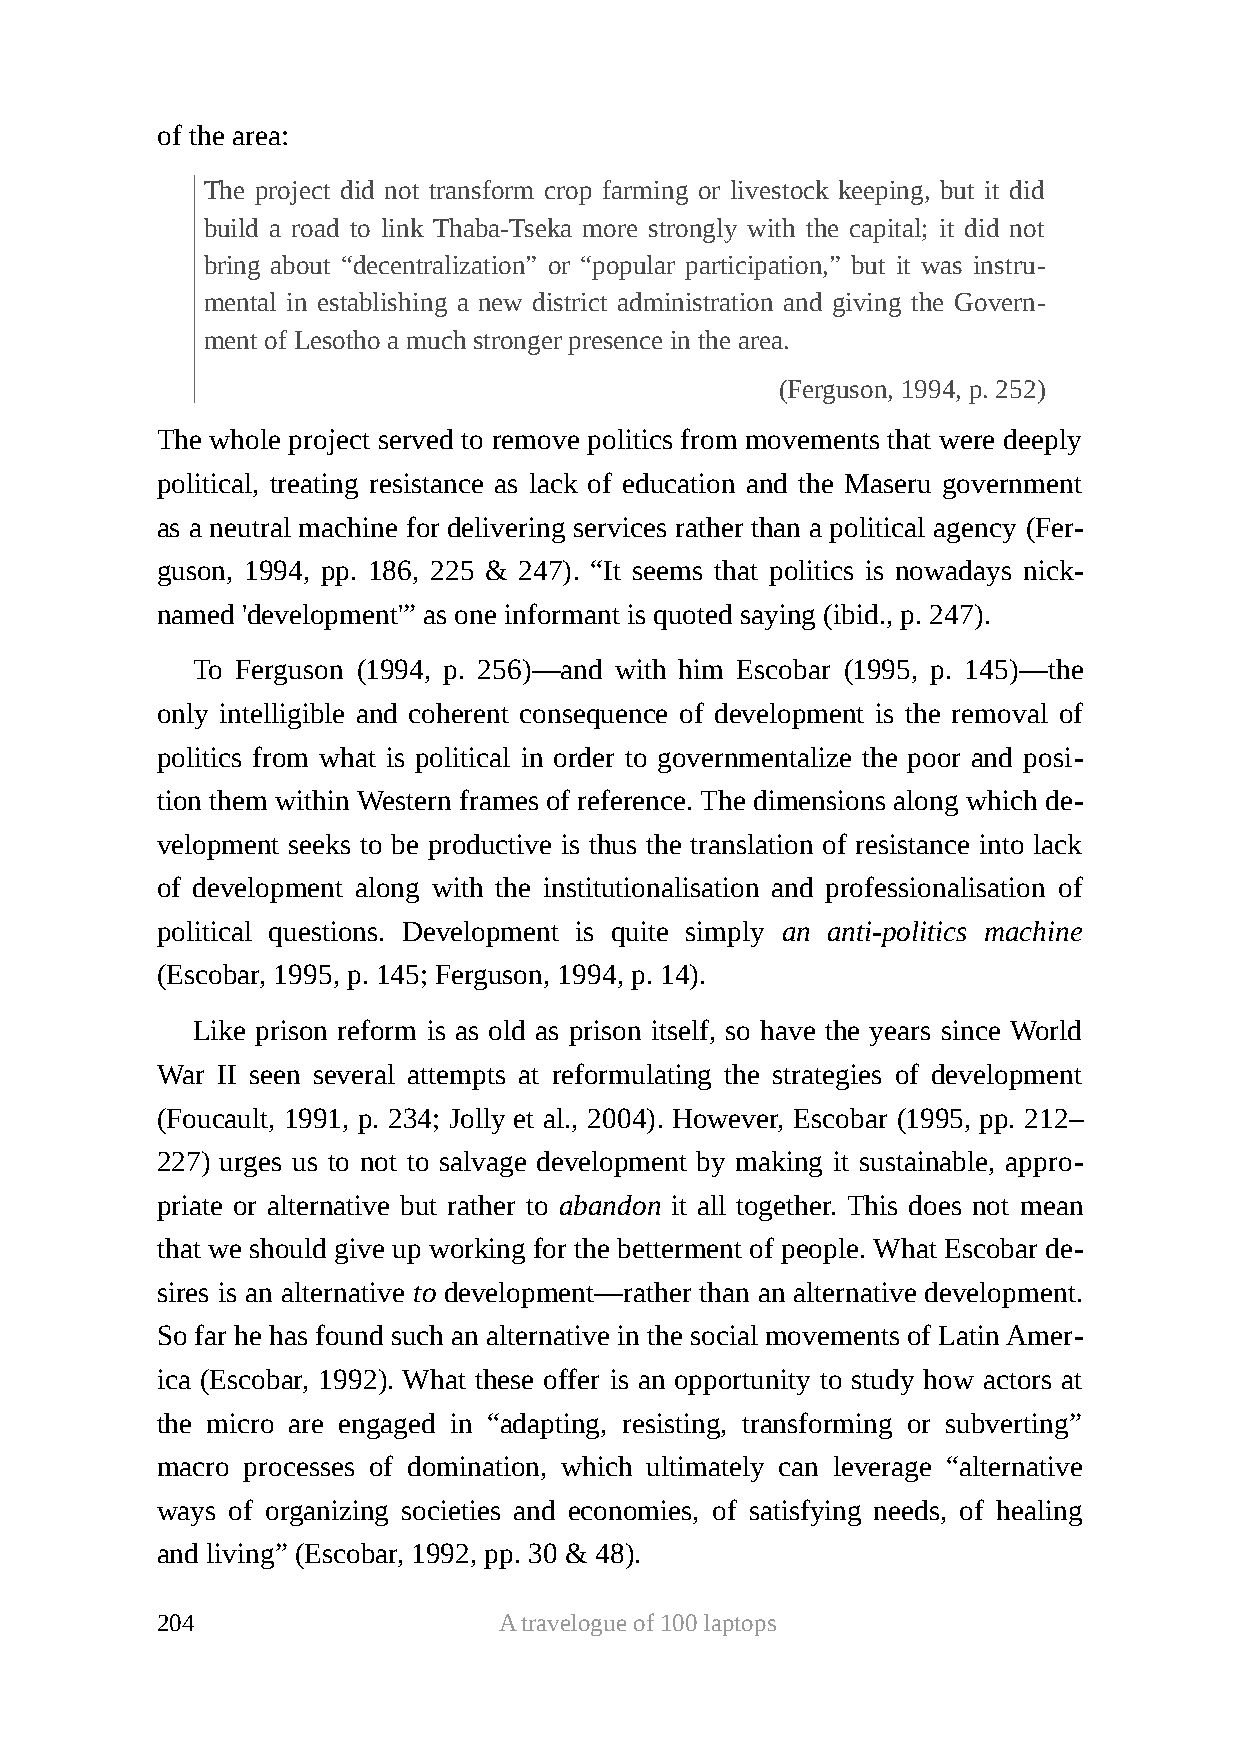
of the area:
 The project did not transform crop farming or livestock keeping, but it did
 build a road to link Thaba-Tseka more strongly with the capital; it did not
 bring about “decentralization” or “popular participation,” but it was instru-
 mental in establishing a new district administration and giving the Govern-
 ment of Lesotho a much stronger presence in the area.
 (Ferguson, 1994, p. 252)
 The whole project served to remove politics from movements that were deeply
 political, treating resistance as lack of education and the Maseru government
 as a neutral machine for delivering services rather than a political agency (Fer-
 guson, 1994, pp. 186, 225 & 247). “It seems that politics is nowadays nick-
 named 'development'” as one informant is quoted saying (ibid., p. 247).
 To Ferguson (1994, p. 256)—and with him Escobar (1995, p. 145)—the
 only intelligible and coherent consequence of development is the removal of
 politics from what is political in order to governmentalize the poor and posi-
 tion them within Western frames of reference. The dimensions along which de-
 velopment seeks to be productive is thus the translation of resistance into lack
 of development along with the institutionalisation and professionalisation of
 political questions. Development is quite simply an anti-politics machine
 (Escobar, 1995, p. 145; Ferguson, 1994, p. 14).
 Like prison reform is as old as prison itself, so have the years since World
 War II seen several attempts at reformulating the strategies of development
 (Foucault, 1991, p. 234; Jolly et al., 2004). However, Escobar (1995, pp. 212–
 227) urges us to not to salvage development by making it sustainable, appro-
 priate or alternative but rather to abandon it all together. This does not mean
 that we should give up working for the betterment of people. What Escobar de-
 sires is an alternative to development—rather than an alternative development.
 So far he has found such an alternative in the social movements of Latin Amer-
 ica (Escobar, 1992). What these offer is an opportunity to study how actors at
 the micro are engaged in “adapting, resisting, transforming or subverting”
 macro processes of domination, which ultimately can leverage “alternative
 ways of organizing societies and economies, of satisfying needs, of healing
 and living” (Escobar, 1992, pp. 30 & 48).
 204                    A travelogue of 100 laptops